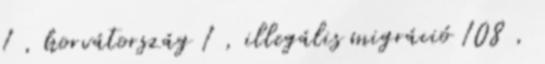
1 , horvátország 1 , illegális migráció 108 ,